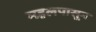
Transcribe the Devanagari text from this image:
महलपासून